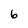
Character: 6